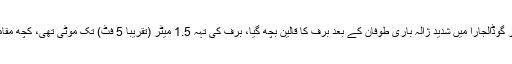
میکسیکو کے شہر گوڈالجارا میں شدید ژالہ باری طوفان کے بعد برف کا قالین بچھ گیا، برف کی تہہ 1.5 میٹر (تقریباً 5 فٹ) تک موٹی تھی، کچھ مقامات پر گاڑیاں…